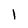
Character: l